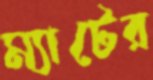
ম্যাটের